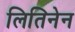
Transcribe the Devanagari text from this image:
लितिनेन